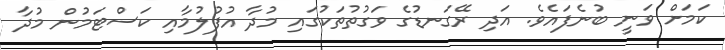
ކަމަށް ވަނީ ބުނެފައެވެ. އަދި ރޭގަނޑުގެ ވަގުތުތަކުގައި މުދާ އުފުލުމާއި ކަސްޓަމުން މުދާ